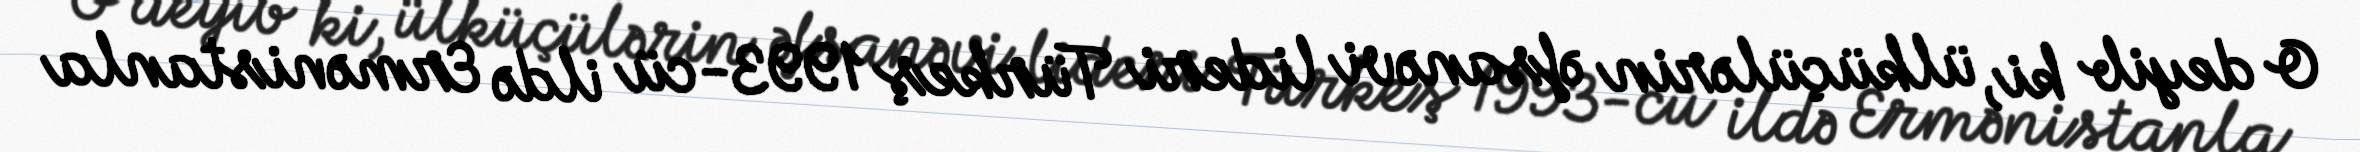
O deyib ki, ülküçülərin əfsanəvi lideri Türkeş 1993-cü ildə Ermənistanla